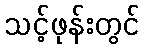
သင့်ဖုန်းတွင်